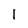
Character: 1